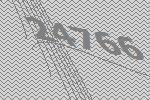
24766